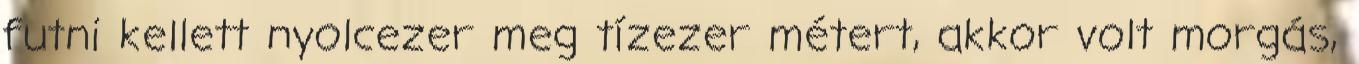
futni kellett nyolcezer meg tízezer métert, akkor volt morgás,